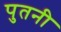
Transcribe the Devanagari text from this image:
पुतनी